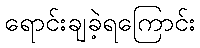
ရောင်းချခဲ့ရကြောင်း